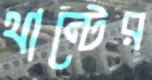
থান্টের